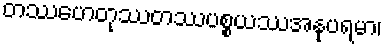
တဿဟေတုဿတဿပစ္စယဿအနုပရမာ၊